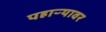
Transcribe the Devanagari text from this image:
पहाऱ्यावर